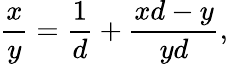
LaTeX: {\frac{x}{y}}={\frac{1}{d}}+{\frac{xd-y}{yd}},